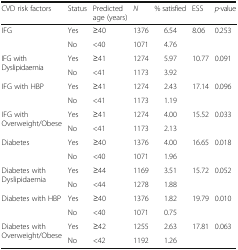
<table><thead><tr><td><b>CVD risk factors</b></td><td><b>Status</b></td><td><b>Predicted age (years)</b></td><td><b><i>N</i></b></td><td><b>% satisfied</b></td><td><b>ESS</b></td><td><b><i>p</i>-value</b></td></tr></thead><tbody><tr><td rowspan="2">IFG</td><td>Yes</td><td>≥40</td><td>1376</td><td>6.54</td><td rowspan="2">8.06</td><td rowspan="2">0.253</td></tr><tr><td>No</td><td>&lt;40</td><td>1071</td><td>4.76</td></tr><tr><td rowspan="2">IFG with Dyslipidaemia</td><td>Yes</td><td>≥41</td><td>1274</td><td>5.97</td><td rowspan="2">10.77</td><td rowspan="2">0.091</td></tr><tr><td>No</td><td>&lt;41</td><td>1173</td><td>3.92</td></tr><tr><td rowspan="2">IFG with HBP</td><td>Yes</td><td>≥41</td><td>1274</td><td>2.43</td><td rowspan="2">17.14</td><td rowspan="2">0.096</td></tr><tr><td>No</td><td>&lt;41</td><td>1173</td><td>1.19</td></tr><tr><td rowspan="2">IFG with Overweight/Obese</td><td>Yes</td><td>≥41</td><td>1274</td><td>4.00</td><td rowspan="2">15.52</td><td rowspan="2">0.033</td></tr><tr><td>No</td><td>&lt;41</td><td>1173</td><td>2.13</td></tr><tr><td rowspan="2">Diabetes</td><td>Yes</td><td>≥40</td><td>1376</td><td>4.00</td><td rowspan="2">16.65</td><td rowspan="2">0.018</td></tr><tr><td>No</td><td>&lt;40</td><td>1071</td><td>1.96</td></tr><tr><td rowspan="2">Diabetes with Dyslipidaemia</td><td>Yes</td><td>≥44</td><td>1169</td><td>3.51</td><td rowspan="2">15.72</td><td rowspan="2">0.052</td></tr><tr><td>No</td><td>&lt;44</td><td>1278</td><td>1.88</td></tr><tr><td rowspan="2">Diabetes with HBP</td><td>Yes</td><td>≥40</td><td>1376</td><td>1.82</td><td rowspan="2">19.79</td><td rowspan="2">0.010</td></tr><tr><td>No</td><td>&lt;40</td><td>1071</td><td>0.75</td></tr><tr><td rowspan="2">Diabetes with Overweight/Obese</td><td>Yes</td><td>≥42</td><td>1255</td><td>2.63</td><td rowspan="2">17.81</td><td rowspan="2">0.063</td></tr><tr><td>No</td><td>&lt;42</td><td>1192</td><td>1.26</td></tr></tbody></table>